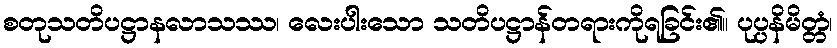
စတုသတိပဋ္ဌာနလာသဿ၊ လေးပါးသော သတိပဋ္ဌာန်တရားကိုရခြင်း၏။ ပုပ္ပနိမိတ္တံ၊